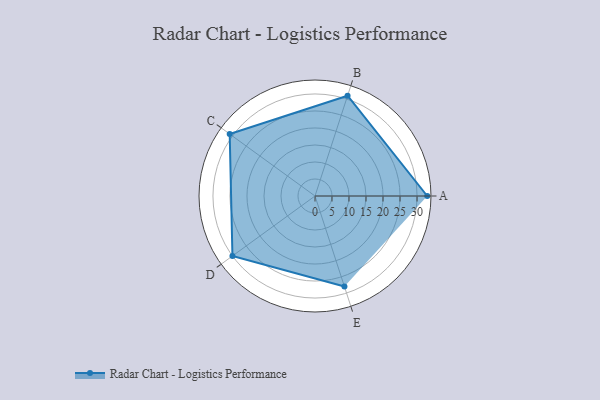
{"axis": {"x": "Skill", "y": "Score"}, "legend": ["Profile"], "data": [{"x": "A", "y": 33.0, "type": "Profile"}, {"x": "B", "y": 31.0, "type": "Profile"}, {"x": "C", "y": 31.0, "type": "Profile"}, {"x": "D", "y": 30.0, "type": "Profile"}, {"x": "E", "y": 28.0, "type": "Profile"}]}